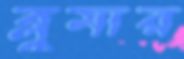
ব্লুমার